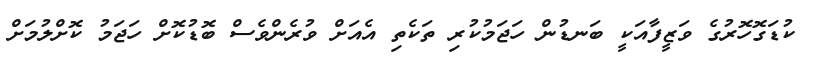
ކުޑަގޮހޮރުގެ ވަޒީފާއަކީ ބަނޑުން ހަޖަމުކުރި ތަކެތި އެއަށް ވުރެންވެސް ބޮޑުކޮށް ހަޖަމު ކޮށްލުމަށް